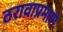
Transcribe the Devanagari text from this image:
ठरावाप्रमाणे